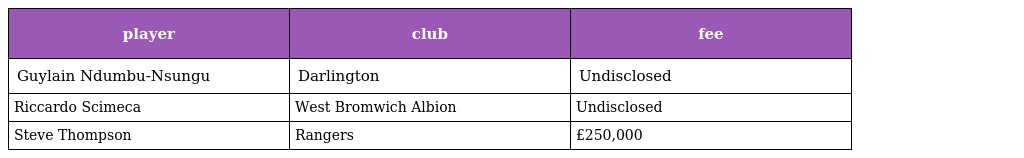
| player | club | fee |
 | --- | --- | --- |
 | Guylain Ndumbu-Nsungu | Darlington | Undisclosed |
 | Riccardo Scimeca | West Bromwich Albion | Undisclosed |
 | Steve Thompson | Rangers | £250,000 |